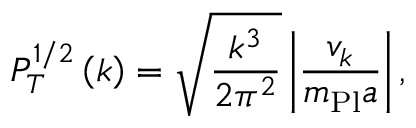
P _ { \cal T } ^ { 1 / 2 } \left( k \right) = \sqrt { \frac { k ^ { 3 } } { 2 \pi ^ { 2 } } } \left| { \frac { v _ { k } } { m _ { \mathrm { P l } } a } } \right| ,